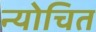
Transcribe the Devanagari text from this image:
न्योचित